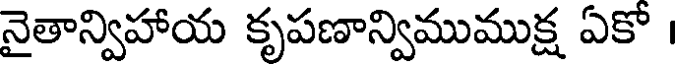
నైతాన్విహాయ కృపణాన్విముముక్ష ఏకో ।